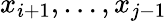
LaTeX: x_{i+1},\dots,x_{j-1}